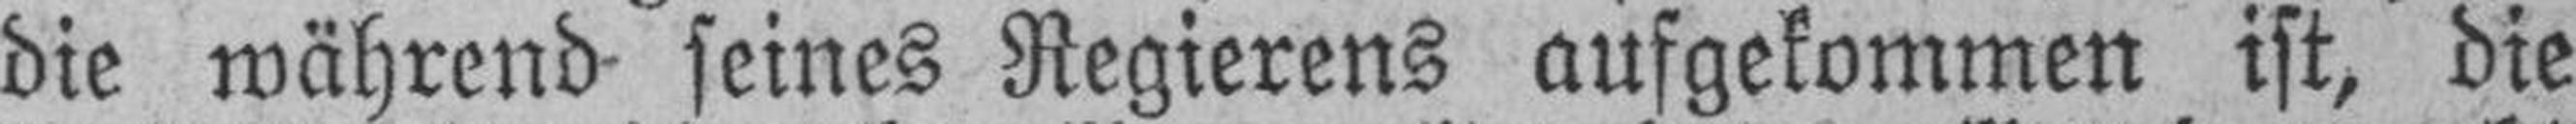
die während- seines Regierens aufgekommen ist, die